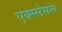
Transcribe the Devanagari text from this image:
एक्स्लेसल